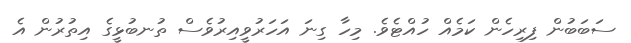
ސަބަބުން ފިރިހެން ކަމެއް ހުއްޓެވެ. މިހާ ގިނަ އަހަރުވީއިރުވެސް ތުނބުޅީގެ އިތުރުން އެ